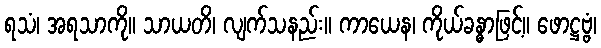
ရသံ၊ အရသာကို။ သာယတိ၊ လျက်သနည်း။ ကာယေန၊ ကိုယ်ခန္ဓာဖြင့်။ ဖောဋ္ဌဗ္ဗံ၊